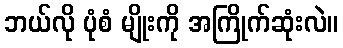
ဘယ်လို ပုံစံ မျိုးကို အကြိုက်ဆုံးလဲ။